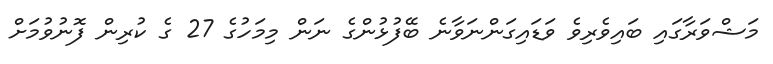
މަޝްވަރާގައި ބައިވެރިވެ ވަޑައިގަންނަވާނެ ބޭފުޅުންގެ ނަން މިމަހުގެ 27 ގެ ކުރިން ފޮނުވުމަށް